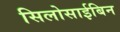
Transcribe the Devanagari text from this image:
सिलोसाईबिन